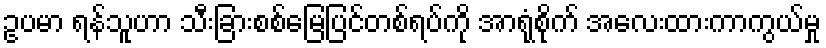
ဥပမာ ရန်သူဟာ သီးခြားစစ်မြေပြင်တစ်ရပ်ကို အာရုံစိုက် အလေးထားကာကွယ်မှု